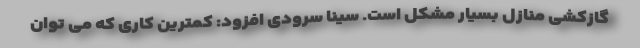
گازکشی منازل بسیار مشکل است. سینا سرودی افزود: کمترین کاری که می توان